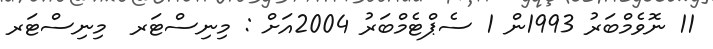
11 ނޮވެމްބަރު 1993ން 1 ސެޕްޓެމްބަރު 2004އަށް : މިނިސްޓަރ  މިނިސްޓަރ